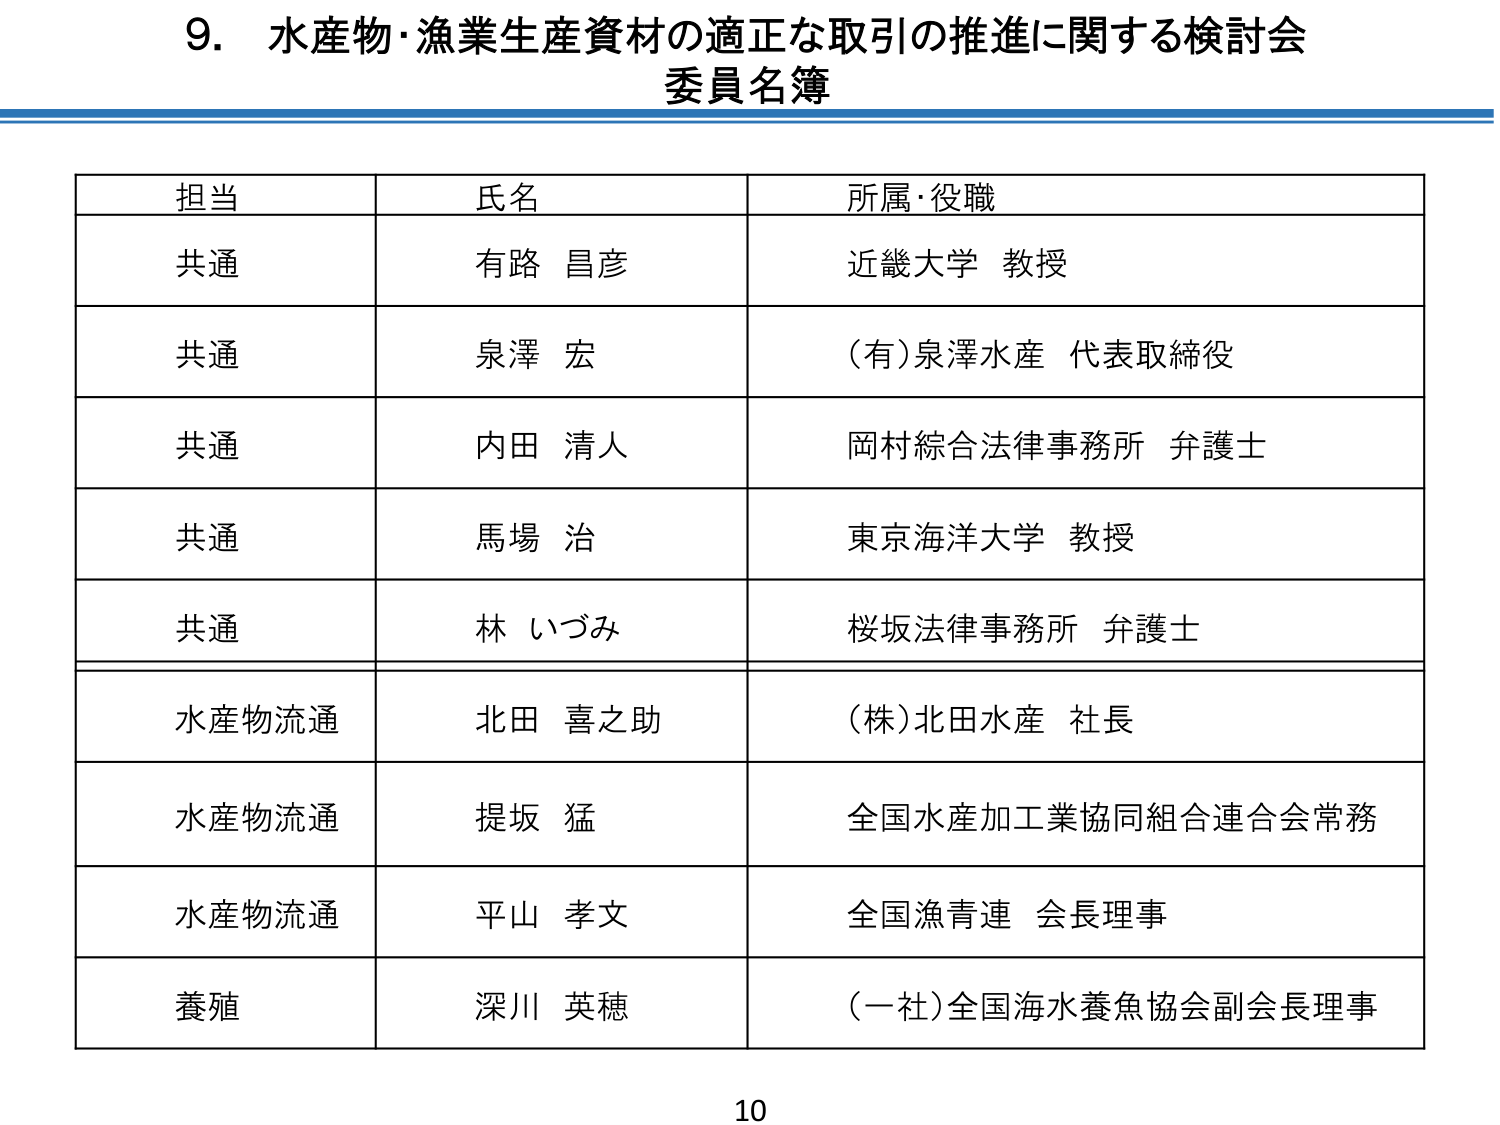
9. 水産物・漁業生産資材の適正な取引の推進に関する検討会
委員名簿

担当　　氏名　　所属・役職
共通　　有路 昌彦　　近畿大学 教授
共通　　泉澤 宏　　(有)泉澤水産 代表取締役
共通　　内田 清人　　岡村綜合法律事務所 弁護士
共通　　馬場 治　　東京海洋大学 教授
共通　　林 いづみ　　桜坂法律事務所 弁護士
水産物流通　　北田 喜之助　　(株)北田水産 社長
水産物流通　　提坂 猛　　全国水産加工業協同組合連合会常務
水産物流通　　平山 孝文　　全国漁青連 会長理事
養殖　　深川 英穂　　(一社)全国海水養魚協会副会長理事

10